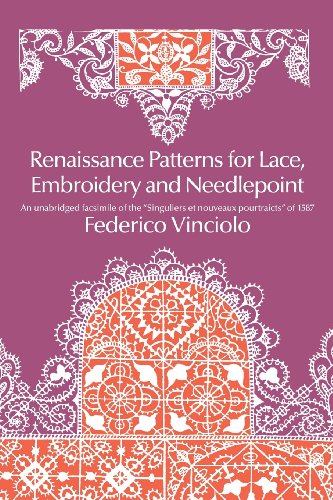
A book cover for Renaissance Patterns for Lace, Embroidery and Needlepoint (Dover Knitting, Crochet, Tatting, Lace); Federico Vinciolo; Crafts, Hobbies & Home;